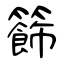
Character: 籂